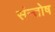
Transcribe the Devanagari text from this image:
संन्‍तोष